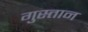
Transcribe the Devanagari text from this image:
गुस्तान